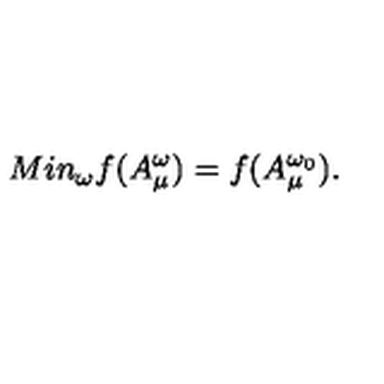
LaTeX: M i n _ { \omega } f ( A _ { \mu } ^ { \omega } ) = f ( A _ { \mu } ^ { \omega _ { 0 } } ) .